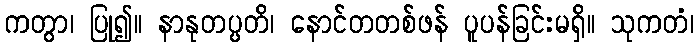
ကတွာ၊ ပြု၍။ နာနုတပ္ပတိ၊ နောင်တတစ်ဖန် ပူပန်ခြင်းမရှိ။ သုကတံ၊